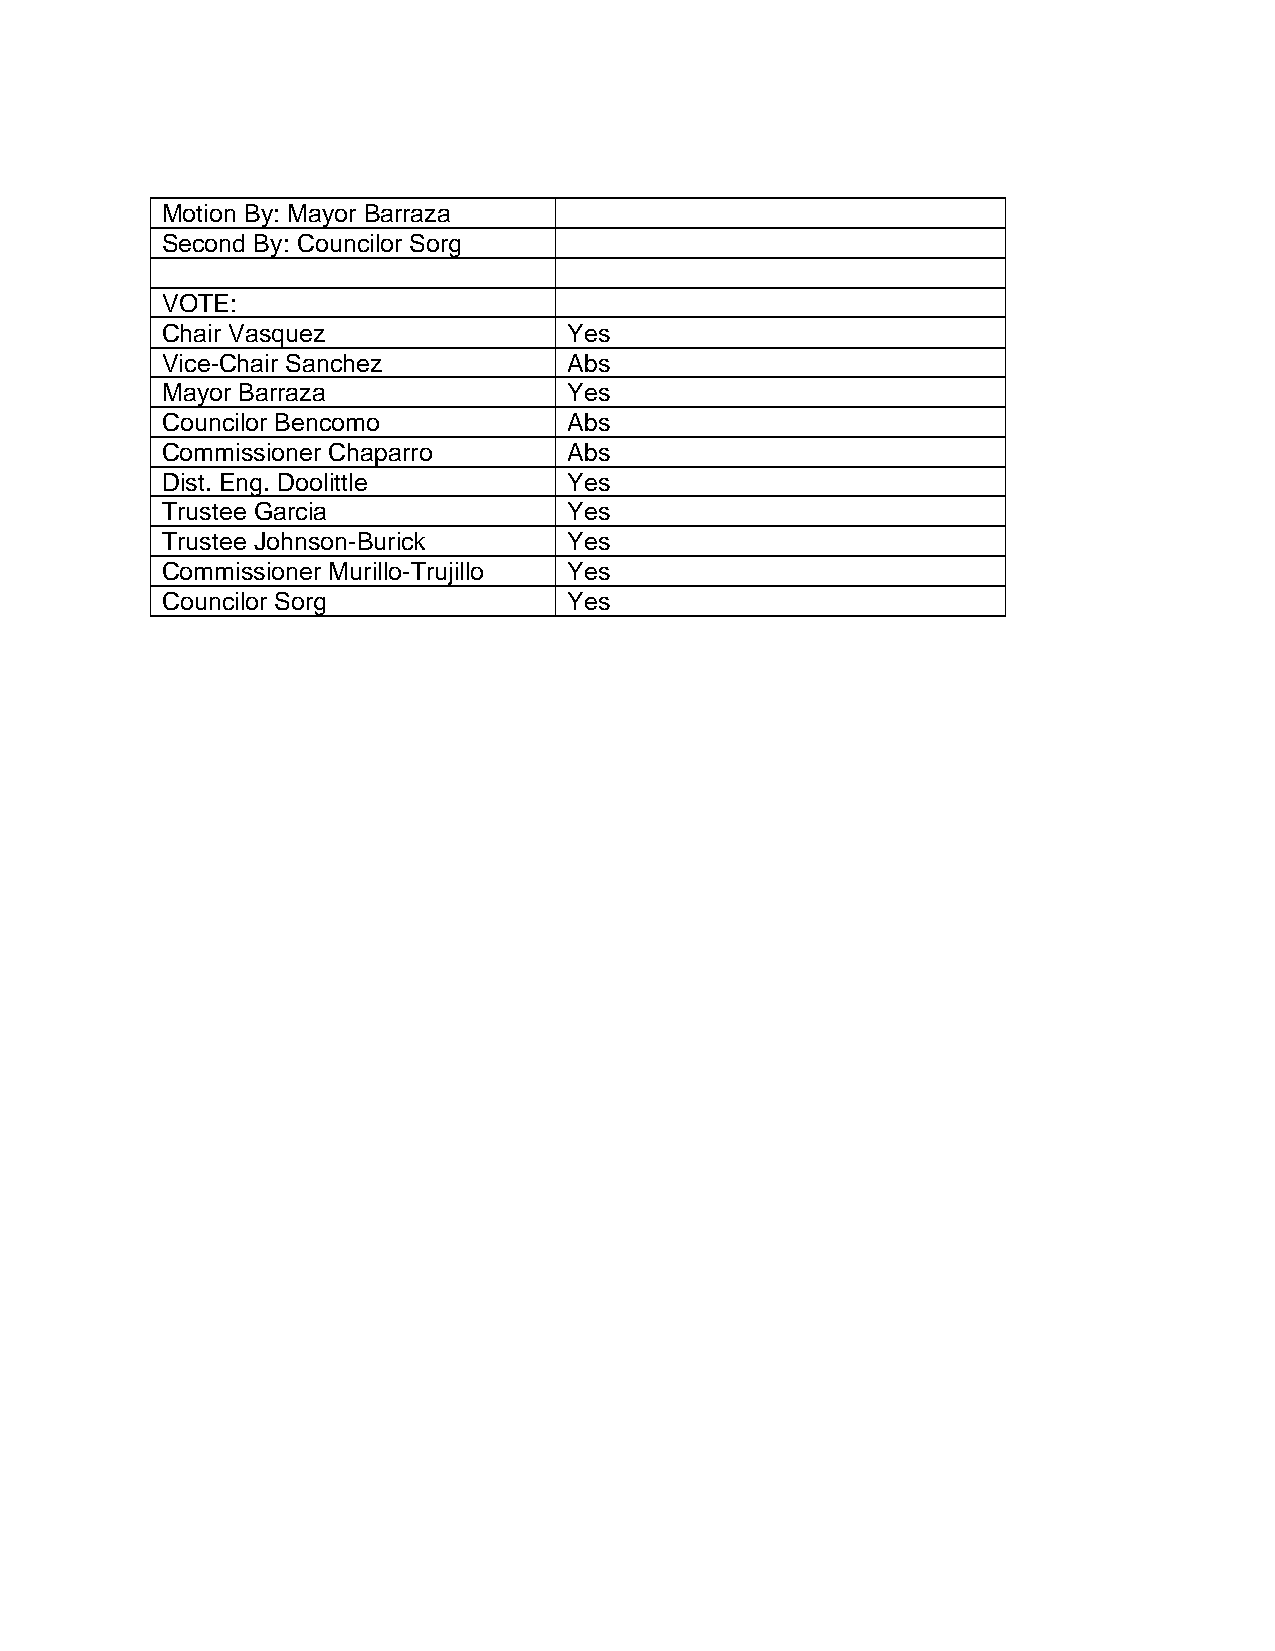
Motion By: Mayor Barraza
 Second By: Councilor Sorg
 VOTE:
 Chair Vasquez              Yes
 Vice-Chair Sanchez         Abs
 Mayor Barraza              Yes
 Councilor Bencomo          Abs
 Commissioner Chaparro      Abs
 Dist. Eng. Doolittle       Yes
 Trustee Garcia             Yes
 Trustee Johnson-Burick     Yes
 Commissioner Murillo-Trujillo Yes
 Councilor Sorg             Yes